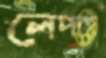
লেপাই